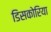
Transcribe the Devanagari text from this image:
डिसकोरिया